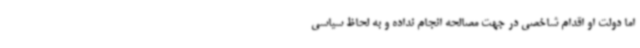
اما دولت او اقدام شاخصی در جهت مصالحه انجام نداده و به لحاظ سیاسی